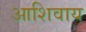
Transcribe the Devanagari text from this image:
आशिवाय